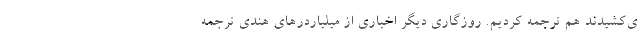
ی‌کشیدند هم ترجمه کردیم. روزگاری دیگر اخباری از میلیاردرهای هندی ترجمه